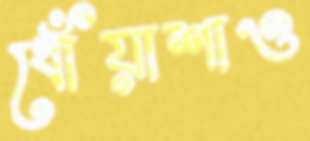
ধোঁয়াশাও